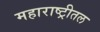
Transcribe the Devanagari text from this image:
महाराष्ट्रीतल